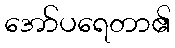
အော်ပရေတာ၏